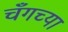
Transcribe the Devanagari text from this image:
चँगच्या